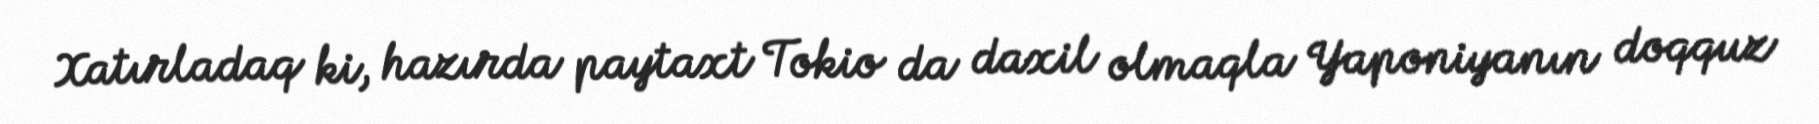
Xatırladaq ki, hazırda paytaxt Tokio da daxil olmaqla Yaponiyanın doqquz